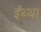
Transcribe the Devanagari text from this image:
ईथ्था